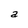
Character: a